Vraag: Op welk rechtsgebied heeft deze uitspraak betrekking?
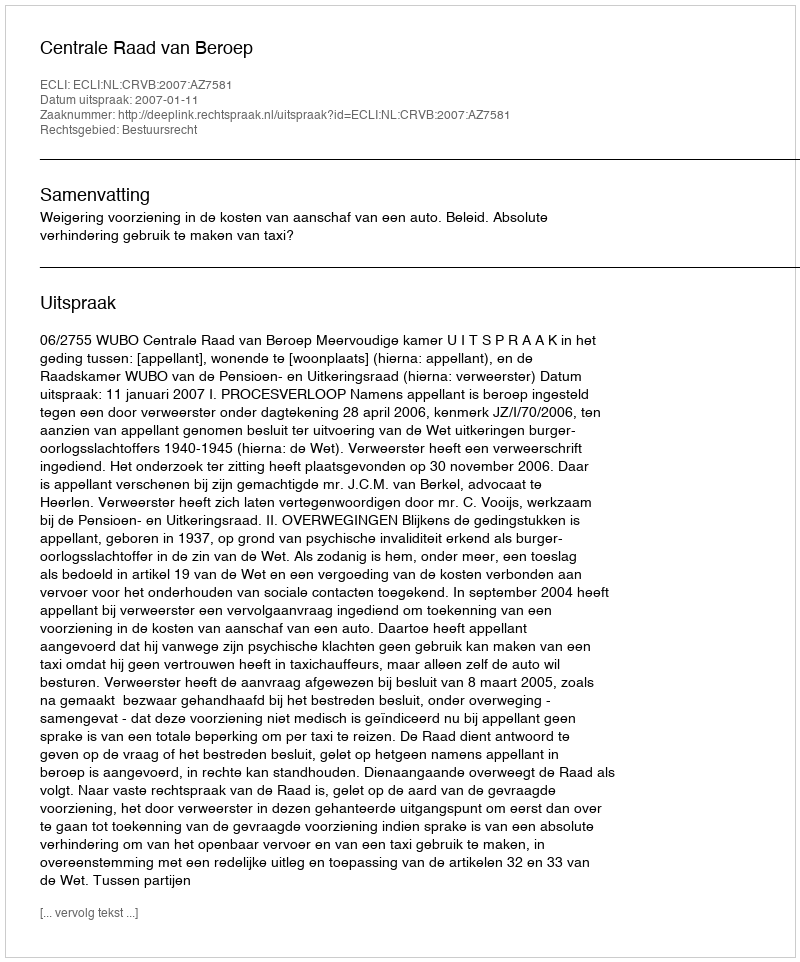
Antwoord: Bestuursrecht